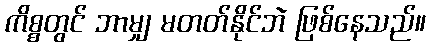
ကိစ္စတွင် ဘာမျှ မတတ်နိုင်ဘဲ ဖြစ်နေသည်။